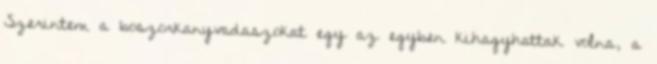
Szerintem a boszorkanyvadaszokat egy az egyben kihagyhattak volna, a